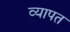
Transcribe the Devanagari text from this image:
व्‍यापत